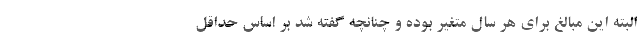
البته این مبالغ برای هر سال متغیر بوده و چنانچه گفته شد بر اساس حداقل